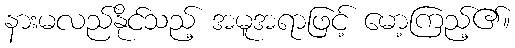
နားမလည်နိုင်သည့် အမူအရာဖြင့် မော့ကြည့်၏။